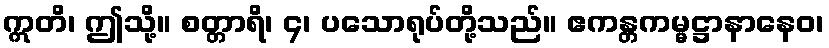
ဣတိ၊ ဤသို့။ စတ္တာရိ၊ ၄၊ ပသောရုပ်တို့သည်။ ဧကန္တကမ္မဋ္ဌာနာနေဝ၊